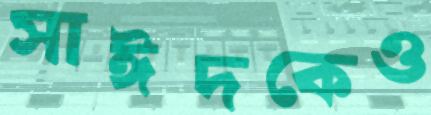
সাঈদকেও